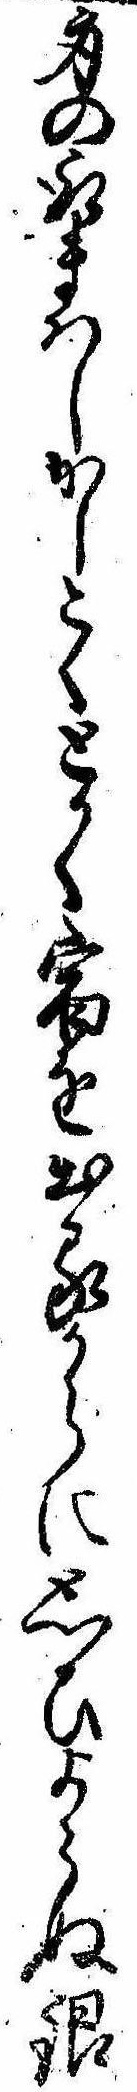
身の取まはしかしこくとかく宿を出るからに思ひよらぬ銀